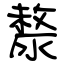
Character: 漦